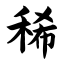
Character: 稀